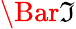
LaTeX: \Bar{\mathfrak{I}}